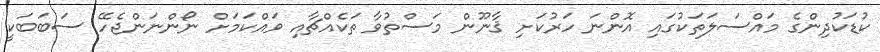
ކުޑަކުދިންގެ މައްސަލަތަކުގައި އޮންނަ ހަރުކަށި ޤާނޫން މަސްތުވާ ތަކެއްޗާއި ވައްކަމަށް ނޯންނަންޖެހޭ ސަބަބަކީ